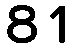
81